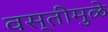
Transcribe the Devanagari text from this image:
वस्तीमुळे